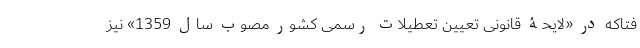
فتا‌که در «لایحۀ قانونی تعیین تعطیلات رسمی کشور مصوب سال 1359» نیز